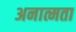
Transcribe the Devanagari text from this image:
अनात्मता